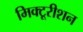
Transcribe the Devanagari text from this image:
मिक्टूरीशन